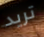
تريد